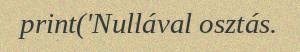
print('Nullával osztás.